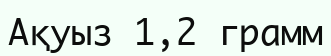
Ақуыз 1,2 грамм